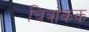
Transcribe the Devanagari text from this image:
चित्रांकक